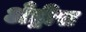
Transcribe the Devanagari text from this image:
अँड्रीस